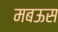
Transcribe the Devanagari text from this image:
मबऊस